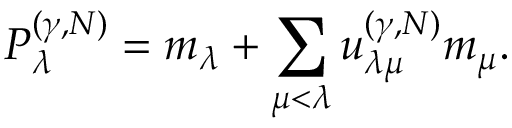
P _ { \lambda } ^ { ( \gamma , N ) } = m _ { \lambda } + \sum _ { \mu < \lambda } u _ { \lambda \mu } ^ { ( \gamma , N ) } m _ { \mu } .